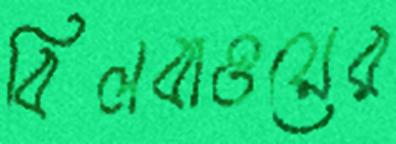
বিলবাওয়ের